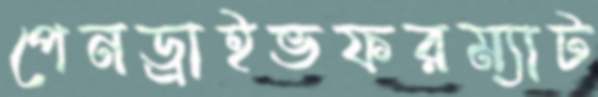
পেনড্রাইভফরম্যাট